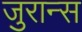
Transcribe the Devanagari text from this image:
जुरान्स